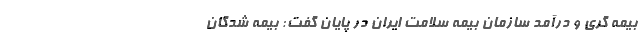
بیمه گری و درآمد سازمان بیمه سلامت ایران در پایان گفت: بیمه شدگان